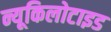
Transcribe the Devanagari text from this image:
न्यूकिलोटाइड